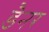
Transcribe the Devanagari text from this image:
डैनर